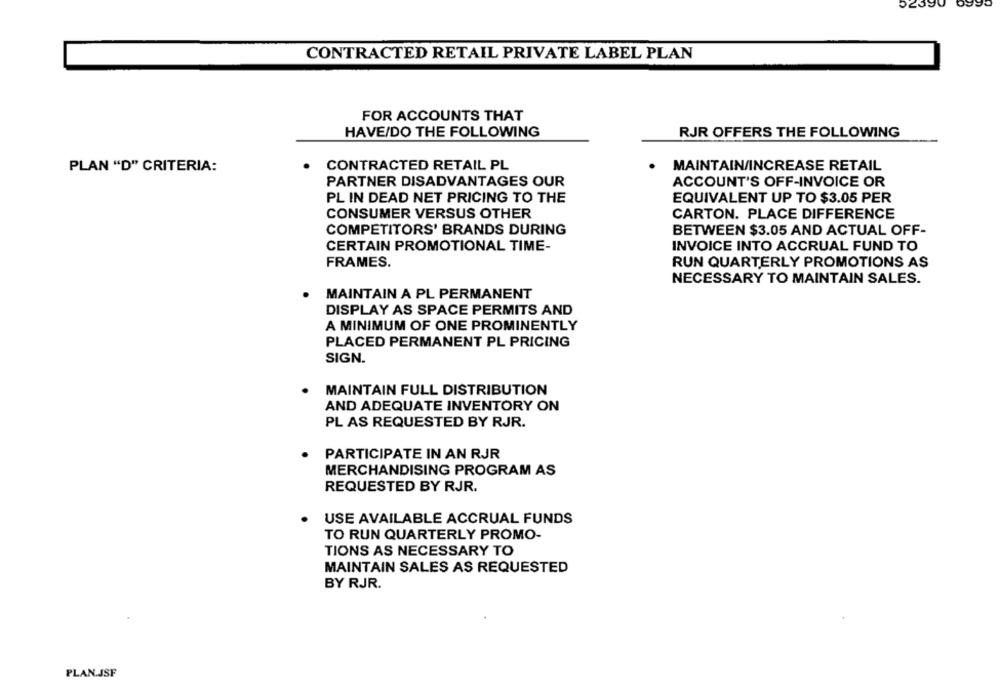
CONTRACTED RETAIL PRIVATE LABEL PLAN
FOR ACCOUNTS THAT
HAVE/DO THE FOLLOWING
RJR OFFERS THE FOLLOWING
CONTRACTED RETAIL PL
PLAN "D" CRITERIA:
MAINTAIN/INCREASE RETAIL
PARTNER DISADVANTAGES OUR
ACCOUNT'S OFF-INVOICE OR
PL IN DEAD NET PRICING TO THE
EQUIVALENT UP TO $3.05 PER
CONSUMER VERSUS OTHER
CARTON. PLACE DIFFERENCE
COMPETITORS' BRANDS DURING
BETWEEN $3.05 AND ACTUAL OFF-
CERTAIN PROMOTIONAL TIME-
INVOICE INTO ACCRUAL FUND TO
FRAMES.
RUN QUARTERLY PROMOTIONS AS
NECESSARY TO MAINTAIN SALES.
MAINTAIN A PL PERMANENT
DISPLAY AS SPACE PERMITS AND
A MINIMUM OF ONE PROMINENTLY
PLACED PERMANENT PL PRICING
SIGN.
MAINTAIN FULL DISTRIBUTION
AND ADEQUATE INVENTORY ON
PL AS REQUESTED BY RJR.
PARTICIPATE IN AN RJR
MERCHANDISING PROGRAM AS
REQUESTED BY RJR.
USE AVAILABLE ACCRUAL FUNDS
TO RUN QUARTERLY PROMO-
TIONS AS NECESSARY TO
MAINTAIN SALES AS REQUESTED
BY RJR.
PLAN.JSF